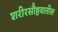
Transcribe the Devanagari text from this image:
शरीरसौष्ठवातील